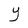
Character: Y